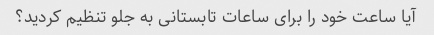
آیا ساعت خود را برای ساعات تابستانی به جلو تنظیم کردید؟